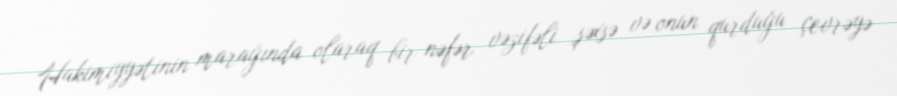
Hakimiyyətinin marağında olaraq bir nəfər vəzifəli şəxsə və onun qurduğu çevrəyə